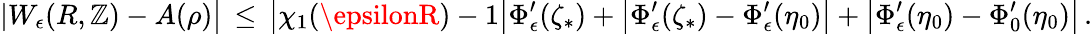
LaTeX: |W_{\epsilon}(R,\mathbb{Z})-A(\rho)\bigr|\, \le\, \bigl|\chi_{1}(\epsilonR)-1\bigr|\Phi_{\epsilon}^{\prime}(\zeta_{*})+\bigl|\Phi_{\epsilon}^{\prime}(\zeta_{*})-\Phi_{\epsilon}^{\prime}(\eta_{0})\bigr|+\bigl|\Phi_{\epsilon}^{\prime}(\eta_{0})-\Phi_{0}^{\prime}(\eta_{0})\bigr|\, .